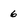
Character: 6